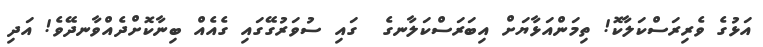
އަޅުގެ ވެރިރަސްކަލާކޮ! ތިމަންއަޅާޔަށް އިބަރަސްކަލާނގެ  ގައި ސުވަރުގޭގައި ގެއެއް ބިނާކޮށްދެއްވާނދޭވެ! އަދި